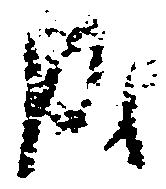
成